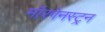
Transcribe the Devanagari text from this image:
मॉरगेनस्ट्रन